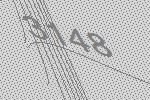
3148